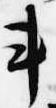
車